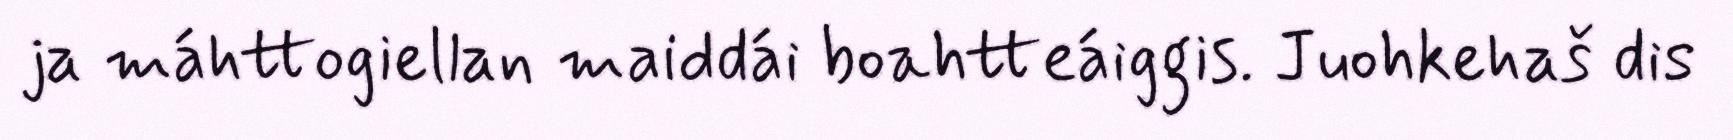
ja máhttogiellan maiddái boahtteáiggis. Juohkehaš dis